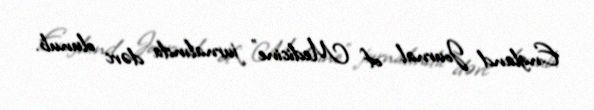
England Journal of Medicine” jurnalında dərc olunub.